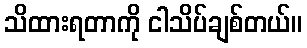
သိထားရတာကို ငါသိပ်ချစ်တယ်။